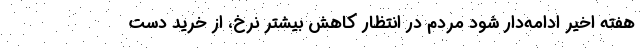
هفته اخیر ادامه‌دار شود مردم در انتظار کاهش بیشتر نرخ، از خرید دست